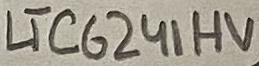
Text: LTC6241HV